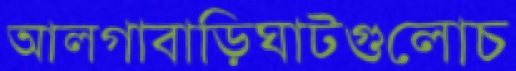
আলগাবাড়িঘাটগুলোচ